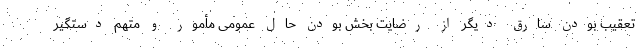
تعقیب بودن سارق دیگر از رضایت بخش بودن حال عمومی مأمور و متهم دستگیر